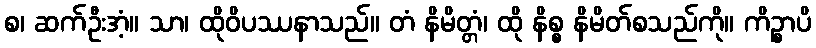
စ၊ ဆက်ဦးအံ့။ သာ၊ ထိုဝိပဿနာသည်။ တံ နိမိတ္တံ၊ ထို နိစ္စ နိမိတ်စသည်ကို။ ကိဉ္စာပိ